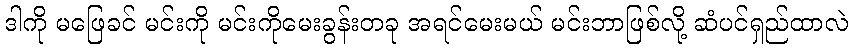
ဒါကို မဖြေခင် မင်းကို မင်းကိုမေးခွန်းတခု အရင်မေးမယ် မင်းဘာဖြစ်လို့ ဆံပင်ရှည်ထာလဲ